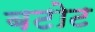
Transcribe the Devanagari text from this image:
बटोट